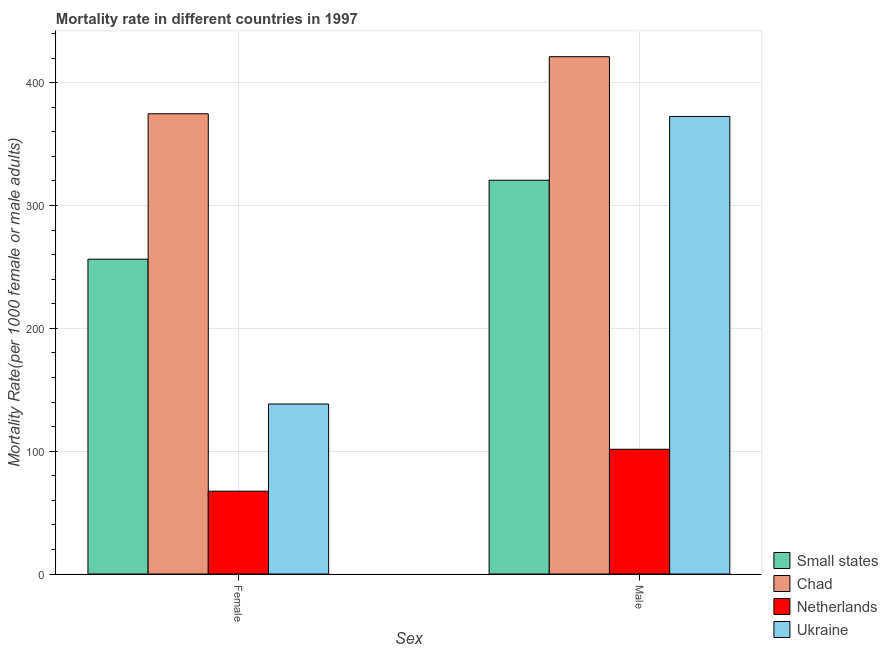
| Sex | Small states | Chad | Netherlands | Ukraine |
 | --- | --- | --- | --- | --- |
 | Female | 256 | 375 | 67.4 | 138 |
 | Male | 321 | 421 | 102 | 373 |